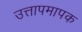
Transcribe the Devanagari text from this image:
उत्तापमापक